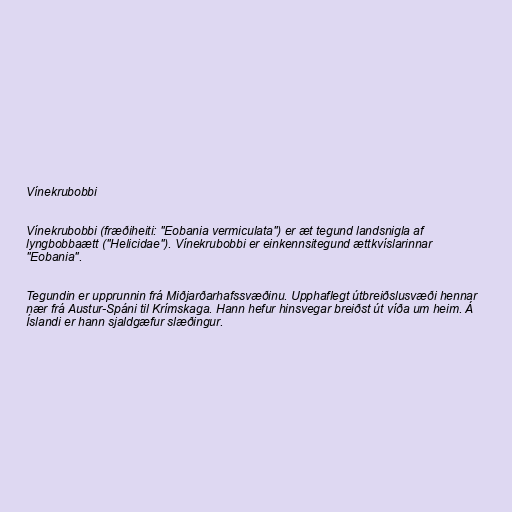
Vínekrubobbi

Vínekrubobbi (fræðiheiti: "Eobania vermiculata") er æt tegund landsnigla af
lyngbobbaætt ("Helicidae"). Vínekrubobbi er einkennsitegund ættkvíslarinnar
"Eobania".

Tegundin er upprunnin frá Miðjarðarhafssvæðinu. Upphaflegt útbreiðslusvæði hennar
nær frá Austur-Spáni til Krímskaga. Hann hefur hinsvegar breiðst út víða um heim. Á
Íslandi er hann sjaldgæfur slæðingur.